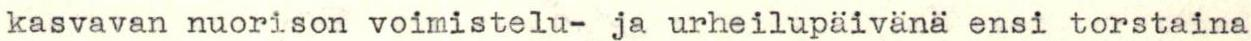
kasvavan nuorison voimistelu- ja urheilupäivänä ensi torstaina